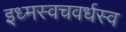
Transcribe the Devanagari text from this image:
इध्मस्वचवर्धस्व